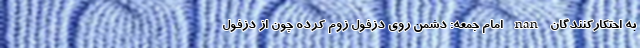
به احتکارکنندگان nan امام جمعه: دشمن روی دزفول زوم کرده چون از دزفول